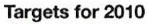
Targets for 2010